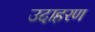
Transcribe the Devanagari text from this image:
उदाहरण